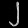
Digit: ၂